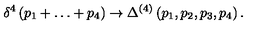
\delta ^ { 4 } \left( p _ { 1 } + \ldots + p _ { 4 } \right) \to \Delta ^ { ( 4 ) } \left( p _ { 1 } , p _ { 2 } , p _ { 3 } , p _ { 4 } \right) .